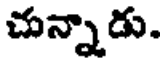
చున్నాడు.